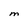
Character: M